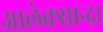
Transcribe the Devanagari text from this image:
आलेक्सान्द्रा